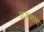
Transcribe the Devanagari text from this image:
व्रजांगना